Annual report of the Punjab Veterinary College and of the Civil Veterinary Department, Punjab - 1894-1908
Year: 1894
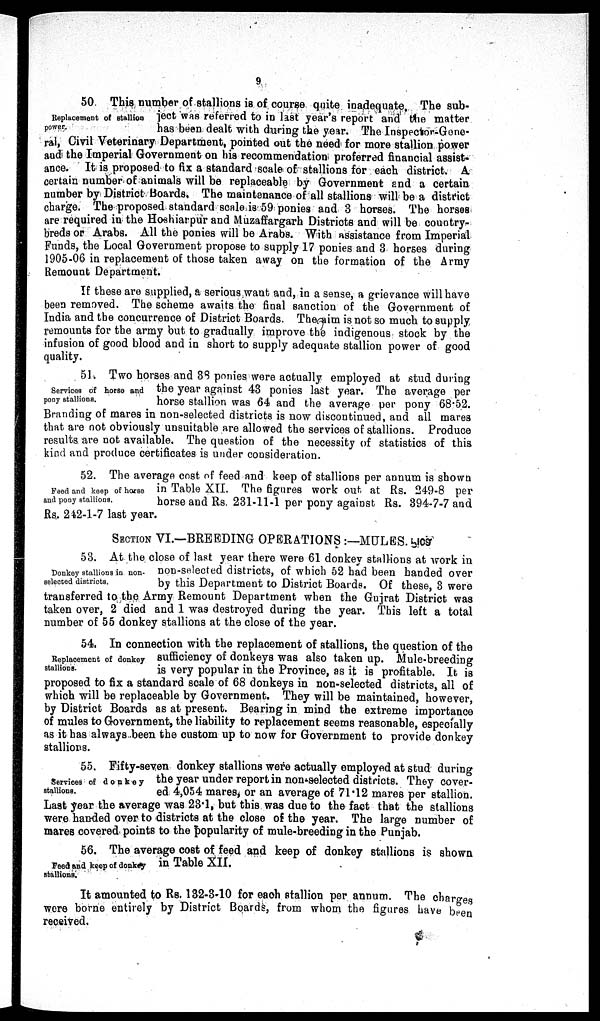
9
Replacement of stallion
power.
50. This number of stallions is of course quite inadequate. The sub-
ject was referred to in last year's report and the matter
has been dealt with during the year. The Inspector-Gene-
ral, Civil Veterinary Department, pointed out the need for more stallion power
and the Imperial Government on his recommendation proferred financial assist-
ance. It is proposed to fix a standard scale of stallions for each district. A
certain number of animals will be replaceable by Government and a certain
number by District Boards. The maintenance of all stallions will be a district
charge. The proposed standard scale is 59 ponies and 3 horses. The horses
are required in the Hoshiarpur and Muzaffargarh Districts and will be country-
breds or Arabs. All the ponies will be Arabs. With assistance from Imperial
Funds, the Local Government propose to supply 17 ponies and 3 horses during
1905-06 in replacement of those taken away on the formation of the Army
Remount Department.
If these are supplied, a serious want and, in a sense, a grievance will have
been removed. The scheme awaits the final sanction of the Government of
India and the concurrence of District Boards. The aim is not so much to supply
remounts for the army but to gradually improve the indigenous stock by the
infusion of good blood and in short to supply adequate stallion power of good
quality.
Services of horse and
pony stallions.
51. Two horses and 38 ponies were actually employed at stud during
the year against 43 ponies last year. The average per
horse stallion was 64 and the average per pony 68.52.
Branding of mares in non-selected districts is now discontinued, and all mares
that are not obviously unsuitable are allowed the services of stallions. Produce
results are not available. The question of the necessity of statistics of this
kind and produce certificates is under consideration.
Feed and keep of horse
and pony stallions.
52. The average cost of feed and keep of stallions per annum is shown
in Table XII. The figures work out at Rs. 249-8 per
horse and Rs. 231-11-1 per pony against Rs. 394-7-7 and
Rs. 242-1-7 last year.
SECTION VI.—BREEDING OPERATIONS:—MULES
Donkey stallions in non-
selected districts.
53. At the close of last year there were 61 donkey stallions at work in
non-selected districts, of which 52 had been handed over
by this Department to District Boards. Of these, 3 were
transferred to the Army Remount Department when the Gujrat District was
taken over, 2 died and 1 was destroyed during the year. This left a total
number of 55 donkey stallions at the close of the year.
Replacement of donkey
stallions.
54. In connection with the replacement of stallions, the question of the
sufficiency of donkeys was also taken up. Mule-breeding
is very popular in the Province, as it is profitable. It is
proposed to fix a standard scale of 68 donkeys in non-selected districts, all of
which will be replaceable by Government. They will be maintained, however,
by District Boards as at present. Bearing in mind the extreme importance
of mules to Government, the liability to replacement seems reasonable, especially
as it has always been the custom up to now for Government to provide donkey
stallions.
Services of donkey
stallions.
55. Fifty-seven donkey stallions were actually employed at stud during
the year under report in non-selected districts. They cover-
ed 4,054 mares, or an average of 71.12 mares per stallion.
Last year the average was 23.1, but this was due to the fact that the stallions
were handed over to districts at the close of the year. The large number of
mares covered points to the popularity of mule-breeding in the Punjab.
Feed and keep of donkey
stallions.
56. The average cost of feed and keep of donkey stallions is shown
in Table XII.
It amounted to Rs. 132-3-10 for each stallion per annum. The charges
were borne entirely by District Boards, from whom the figures have been
received.